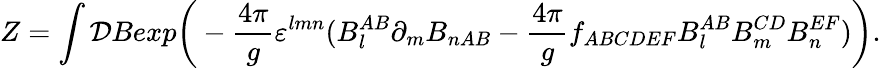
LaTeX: Z=\int{\cal D}Bexp\bigg(-{\frac{4\pi}{g}}\varepsilon^{lmn}(B_{l}^{AB}\partial_{m}B_{nAB}-{\frac{4\pi}{g}}f_{ABCDEF}B_{l}^{AB}B_{m}^{CD}B_{n}^{EF})\bigg).